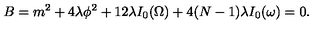
B = m ^ { 2 } + 4 \lambda \phi ^ { 2 } + 1 2 \lambda I _ { 0 } ( \Omega ) + 4 ( N - 1 ) \lambda I _ { 0 } ( \omega ) = 0 .